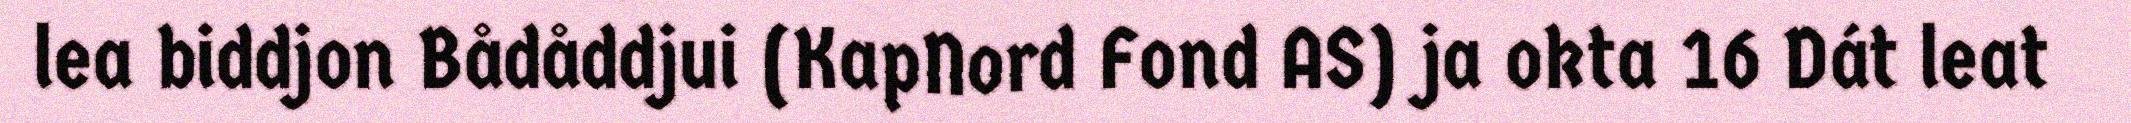
lea biddjon Bådåddjui (KapNord Fond AS) ja okta 16 Dát leat